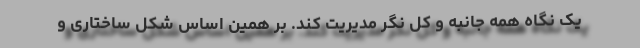
یک نگاه همه جانبه و کل نگر مدیریت کند. بر همین اساس شکل ساختاری و